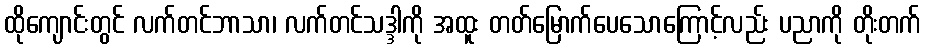
ထိုကျောင်းတွင် လက်တင်ဘာသာ၊ လက်တင်သဒ္ဒါကို အထူး တတ်မြောက်ပေသောကြောင့်လည်း ပညာကို တိုးတက်